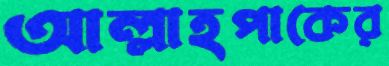
আল্লাহপাকের